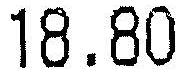
18.80